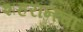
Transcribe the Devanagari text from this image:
शहरानचा